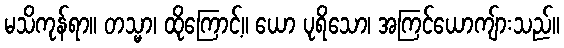
မသိကုန်ရာ။ တသ္မာ၊ ထိုကြောင့်။ ယော ပုရိသော၊ အကြင်ယောကျ်ားသည်။